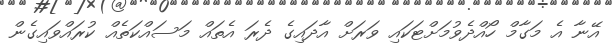
އޭނާ އެ މަގާމް ހޯއްދެވުމަށްޓަކައި ވަރަށް އާދައިގެ ދެރަ އެތައް މަސައްކަތެއް ކުރައްވައިގެން